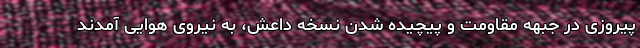
پیروزی در جبهه مقاومت و پیچیده شدن نسخه داعش، به نیروی هوایی آمدند